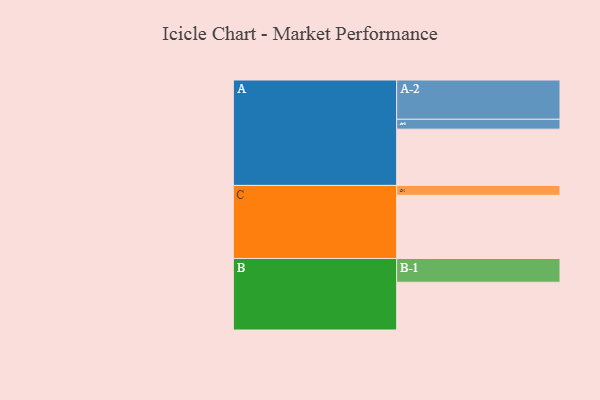
{"axis": {"x": "Segment", "y": "Value"}, "legend": ["", "A", "B", "C"], "data": [{"x": "A", "y": 410, "type": ""}, {"x": "B", "y": 348, "type": ""}, {"x": "C", "y": 460, "type": ""}, {"x": "A-1", "y": 72, "type": "A"}, {"x": "A-2", "y": 286, "type": "A"}, {"x": "B-1", "y": 173, "type": "B"}, {"x": "C-1", "y": 72, "type": "C"}]}